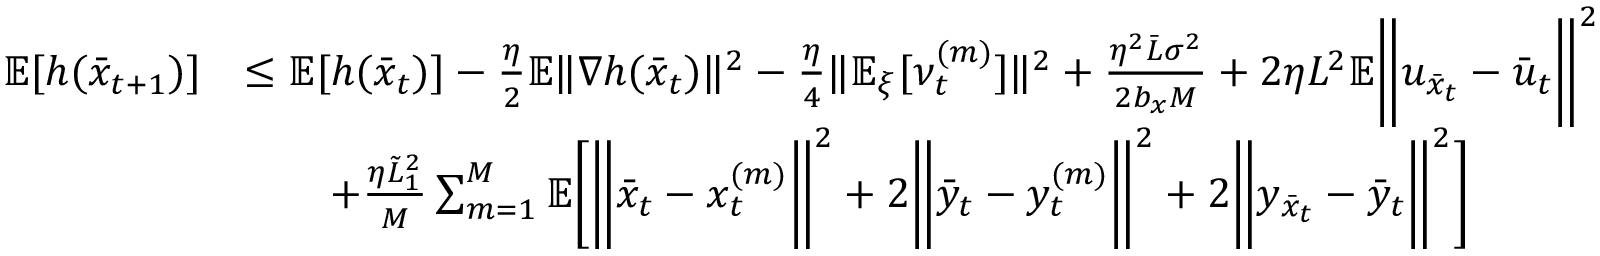
\begin{array} { r l } { \mathbb { E } [ h ( \bar { x } _ { t + 1 } ) ] } & { \leq \mathbb { E } [ h ( \bar { x } _ { t } ) ] - \frac { \eta } { 2 } \mathbb { E } \| \nabla h ( \bar { x } _ { t } ) \| ^ { 2 } - \frac { \eta } { 4 } \| \mathbb { E } _ { \xi } [ \nu _ { t } ^ { ( m ) } ] \| ^ { 2 } + \frac { \eta ^ { 2 } \bar { L } \sigma ^ { 2 } } { 2 b _ { x } M } + 2 \eta L ^ { 2 } \mathbb { E } \bigg \| u _ { \bar { x } _ { t } } - \bar { u } _ { t } \bigg \| ^ { 2 } } \\ & { \qquad + \frac { \eta \tilde { L } _ { 1 } ^ { 2 } } { M } \sum _ { m = 1 } ^ { M } \mathbb { E } \bigg [ \bigg \| \bar { x } _ { t } - x _ { t } ^ { ( m ) } \bigg \| ^ { 2 } + 2 \bigg \| \bar { y } _ { t } - y _ { t } ^ { ( m ) } \bigg \| ^ { 2 } + 2 \bigg \| y _ { \bar { x } _ { t } } - \bar { y } _ { t } \bigg \| ^ { 2 } \bigg ] } \end{array}